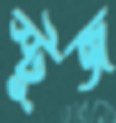
স্টুজ